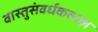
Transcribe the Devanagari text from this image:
वास्तुसंवर्धकतज्ज्ञ